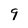
Character: 9